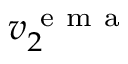
v _ { 2 } ^ { \mathrm { ~ e ~ m ~ a ~ } }